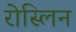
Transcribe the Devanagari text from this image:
रोस्लिन